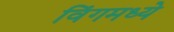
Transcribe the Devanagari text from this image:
विंगमध्ये